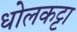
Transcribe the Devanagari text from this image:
धोलकट्टा